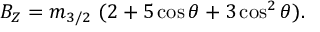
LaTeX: B _ { Z } = m _ { 3 / 2 } \ ( 2 + 5 \cos \theta + 3 \cos ^ { 2 } \theta ) .